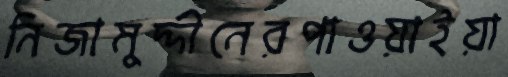
নিজামুদ্দীনেরপাওয়াইয়া